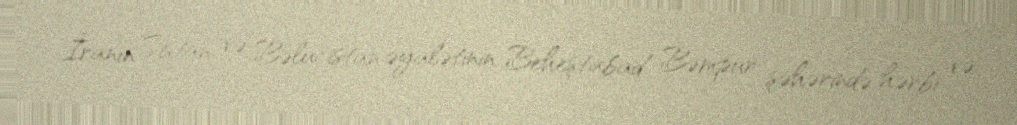
İranın Sistan və Bəlucistan əyalətinin Beheştabad Bəmpur şəhərində hərbi və